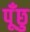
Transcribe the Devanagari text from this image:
पूँछु